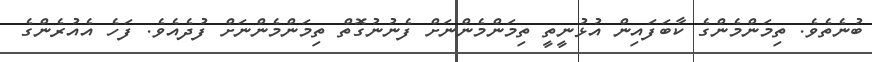
ބުނެތެވެ. ތިމަންމެންގެ ކާބަފައިން އުޅުނީތީ ތިމަންމެންނަށް ފެނުނުގޮތް ތިމަންމެންނަށް ފުދެއެވެ. ފަހެ އެއުރެންގެ